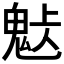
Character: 𩲹